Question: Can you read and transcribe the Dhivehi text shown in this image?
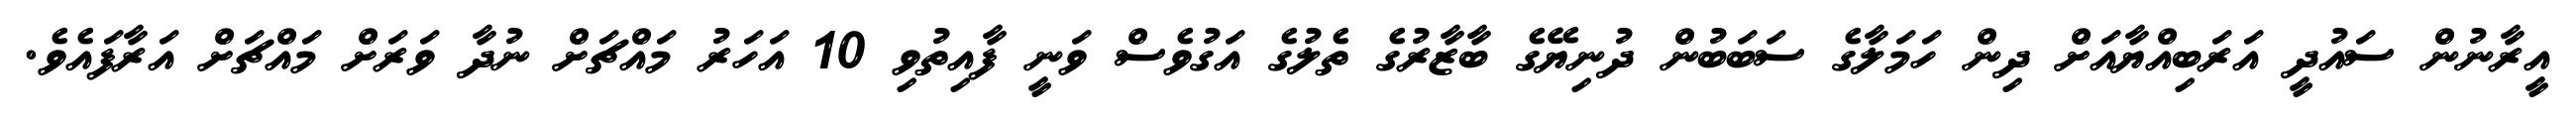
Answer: އީރާނުން ސައުދީ އަރަބިއްޔާއަށް ދިން ހަމަލާގެ ސަބަބުން ދުނިޔޭގެ ބާޒާރުގެ ތެލުގެ އަގުވެސް ވަނީ ފާއިތުވި 10 އަހަރު މައްޗަށް ނުދާ ވަރަށް މައްޗަށް އަރާފައެވެ.